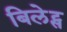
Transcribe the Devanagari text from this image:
बिलेट्स